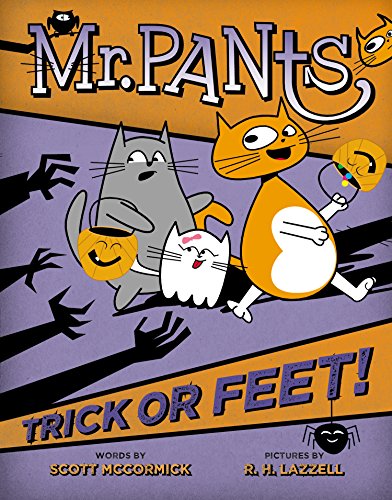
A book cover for Mr. Pants: Trick or Feet!; Scott Mccormick; Children's Books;